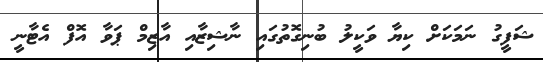
ޝަފީގު ނަމަކަށް ކިޔާ ވަކީލު ބުނިގޮތުގައި ނާޝިޒާއި އާޒިމް ޕަވާ އޮފް އެޓާނީ